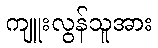
ကျူးလွန်သူအား